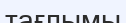
тағлымы